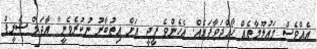
އެއްވެސް މައުލޫމާތެއް ހޯއްދަވާފައެެއް. އެހެންވެ ޕީޖީ އަށް އިތުބާރު ނުކުރެވެނީ" އާދަމް ޝަރީފް